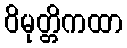
ဝိမုတ္တိကထာ